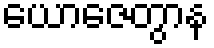
ယောဇေတွာန